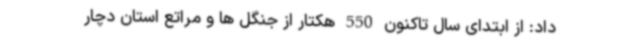
داد: از ابتدای سال تاکنون 550 هکتار از جنگل ها و مراتع استان دچار